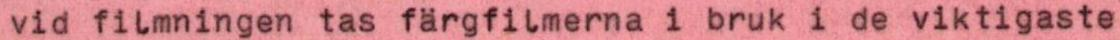
vid filmningen tas färgfilmerna i bruk i de viktigaste